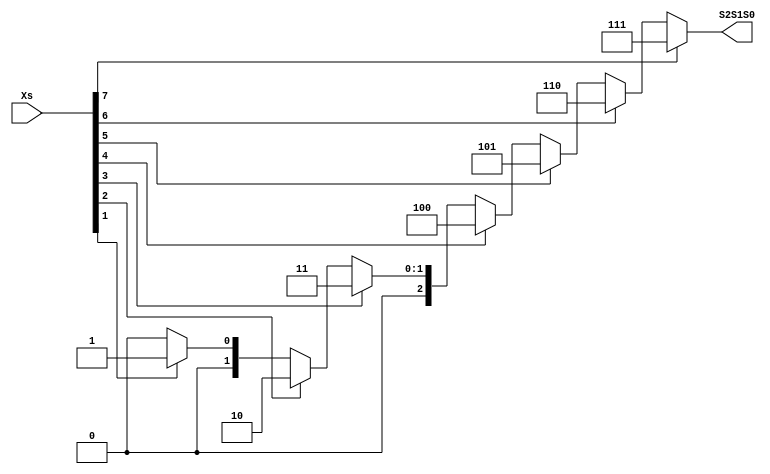
`timescale 1ns / 1ps
//////////////////////////////////////////////////////////////////////////////////
// Company: 
// Engineer: 
// 
// Design Name: 
// Module Name: ENCODER
// Project Name: 
// Target Devices: 
// Tool Versions: 
// Description: 
// 
// Dependencies: 
// 
// Revision:
// Revision 0.01 - File Created
// Additional Comments:
// 
//////////////////////////////////////////////////////////////////////////////////


module ENCODER(S2S1S0, Xs);

   input [7:0] Xs;
   output [2:0] S2S1S0;

   assign S2S1S0 =
      (Xs[7] == 1'b1) ? 3'b111:
      (Xs[6] == 1'b1) ? 3'b110:
      (Xs[5] == 1'b1) ? 3'b101:
      (Xs[4] == 1'b1) ? 3'b100:
      (Xs[3] == 1'b1) ? 3'b011:
      (Xs[2] == 1'b1) ? 3'b010:
      (Xs[1] == 1'b1) ? 3'b001:
      (Xs[0] == 1'b1) ? 3'b000: 3'b000;

endmodule